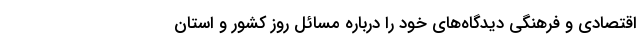
اقتصادی و فرهنگی دیدگاه‌های خود را درباره مسائل روز کشور و استان